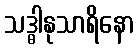
သဒ္ဓါနုသာရိနော